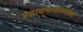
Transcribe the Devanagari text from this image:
प्रशासनासारख्या